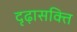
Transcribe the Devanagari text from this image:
दृढ़ासक्ति